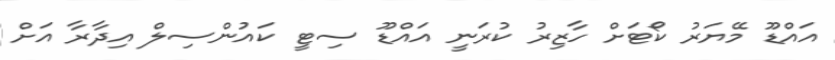
އައްޑޫ މޭޔަރު ކޯޓަށް ހާޒިރު ކުރަނީ އައްޑޫ ސިޓީ ކައުންސިލް އިދާރާ އަށް